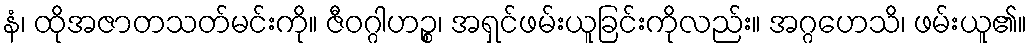
နံ၊ ထိုအဇာတသတ်မင်းကို။ ဇီဝဂ္ဂါဟဉ္စ၊ အရှင်ဖမ်းယူခြင်းကိုလည်း။ အဂ္ဂဟေသိ၊ ဖမ်းယူ၏။